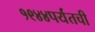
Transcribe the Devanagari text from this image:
१९४४पर्यंतची